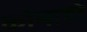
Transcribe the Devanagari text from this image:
कोमाहो